Annual report on the Civil Veterinary Department, Burma (including the Insein Veterinary School) - 1932-1941
Year: 1932
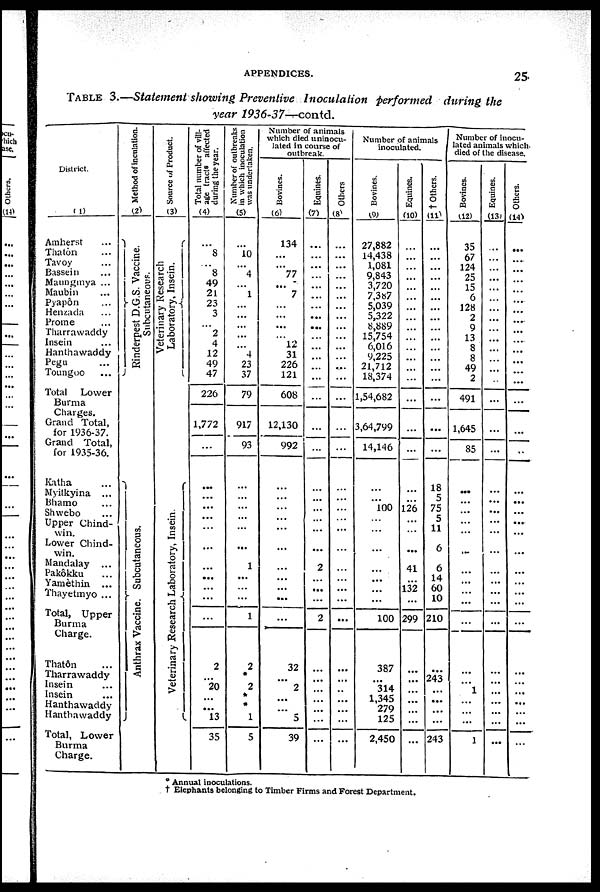
APPENDICES.
25
TABLE
3.—Statement showing Preventive
Inoculation
performed
during
the
year
1936-37—contd.
District.
(1)
Amherst ...
Thatôn ...
Tavoy ...
Bassein ...
Maungmya ...
Maubin ...
Pyapôn ...
Henzada ...
Prome ...
Tharrawaddy
Insein ...
Hanthawaddy
Pegu ...
Toungoo ...
Total Lower
Burma
Charges.
Grand Total,
for 1936-37.
Grand Total,
for 1935-36.
Katha ...
Myitkyina ...
Bhamo ...
Shwebo ...
Upper Chind-
win.
Lower Chind-
win.
Mandalay ...
Pakôkku
...
Yamèthin ...
Thayetmyo ...
Total, Upper
Burma
Charge.
Thatôn ...
Tharrawaddy
Insein ...
Insein ...
Hanthawaddy
Hanthawaddy
Total, Lower
Burma
Charge.
Method of inculation.
(2)
Rinderpest D. G. S. Vaccine.
Subcutaneous.
Anthrax Vacci ne. Subcutaneous.
Source of Product.
(3)
Veterinary Research
Labor at or y, I
ns ei n.
Veterinary Re s e a r
c h Laboratory, Insein.
Total number of vill-
age tracts affected
during the year.
(4)
... 8
... 8
49
21
23
3
... 2
4
12
49
47
226
1,772
...
...
...
...
...
...
...
...
...
...
...
...
2
...
20
...
...
13
35
Number of outbreaks
in which inoculation
was undertaken.
(5)
...
10
... 4
...
1
...
...
...
...
... 4
23
37
79
917
93
...
...
...
...
...
1
...
...
...
1
2
*
2
*
*
1
5
Number of animals
which died uninocu-
lated in course of
outbreak.
Bovines.
(6)
134
...
... 77
...
7
...
...
...
...
12
31
226
121
608
12,130
992
...
...
...
...
...
...
...
...
...
...
...
32
...
2
...
...
5
39
Equines.
(7)
...
...
...
...
...
...
...
...
...
...
...
...
...
...
...
...
...
...
...
...
...
...
...
2
...
...
...
2
...
...
...
...
...
...
...
Others
(8)
...
...
...
...
...
...
...
...
...
...
...
...
...
...
...
...
...
...
...
...
...
...
...
...
...
...
...
...
...
...
...
... ...
...
...
Number of animals
inoculated.
Bovines.
(9)
27,882
14,438
1,081
9,843
3,720
7,387
5,039
5,322
8,889
15,754
6,016
9,225
21,712
18,374
1,54,682
3,64,799
14,146
...
...
100
...
...
...
...
...
...
...
100
387
...
314
1,345
279
125
2,450
Equines.
(10)
...
...
...
...
...
...
...
...
...
...
...
...
...
...
...
...
...
...
...
126
...
...
...
41
...
132
...
299
...
...
...
... ...
...
† Others.
(11)
...
...
...
...
...
...
...
...
...
...
...
...
...
...
...
...
...
18 5
75
5
11
6
6
14
60
10
210
...
243
...
...
...
...
243
Number of inocu-
lated animals which
died of the disease.
Bovines.
(12)
35
67
124
25
15
6
128
2
9
13
8
8
49
2
491
1,645
85
...
...
...
...
...
...
...
...
...
...
...
...
1
...
...
...
1
Equines.
(13)
...
...
...
...
...
...
...
...
...
...
...
...
...
...
...
...
...
...
...
...
...
...
...
...
...
...
...
...
...
...
...
...
...
...
...
...
Others.
(14)
...
...
... ...
...
...
...
...
...
...
...
...
...
...
...
...
...
...
...
...
...
...
...
...
...
...
...
...
...
...
...
...
...
...
...
* Annual inoculations.
† Elephants belonging to Timber Firms and Forest Department.